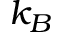
k _ { B }